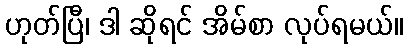
ဟုတ်ပြီ၊ ဒါ ဆိုရင် အိမ်စာ လုပ်ရမယ်။